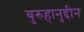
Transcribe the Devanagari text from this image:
बुरुहानुद्दीन